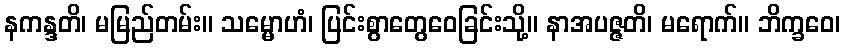
နကန္ဒတိ၊ မမြည်တမ်း။ သမ္မောဟံ၊ ပြင်းစွာတွေဝေခြင်းသို့။ နာအပဇ္ဇတိ၊ မရောက်။ ဘိက္ခဝေ၊